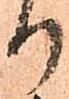
り